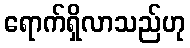
ရောက်ရှိလာသည်ဟု